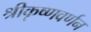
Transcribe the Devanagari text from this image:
श्रीकृष्णवर्णन